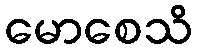
မောစေသိ